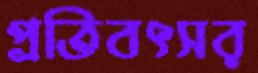
প্রতিবৎসর